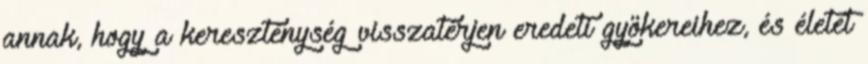
annak, hogy a kereszténység visszatérjen eredeti gyökereihez, és életet